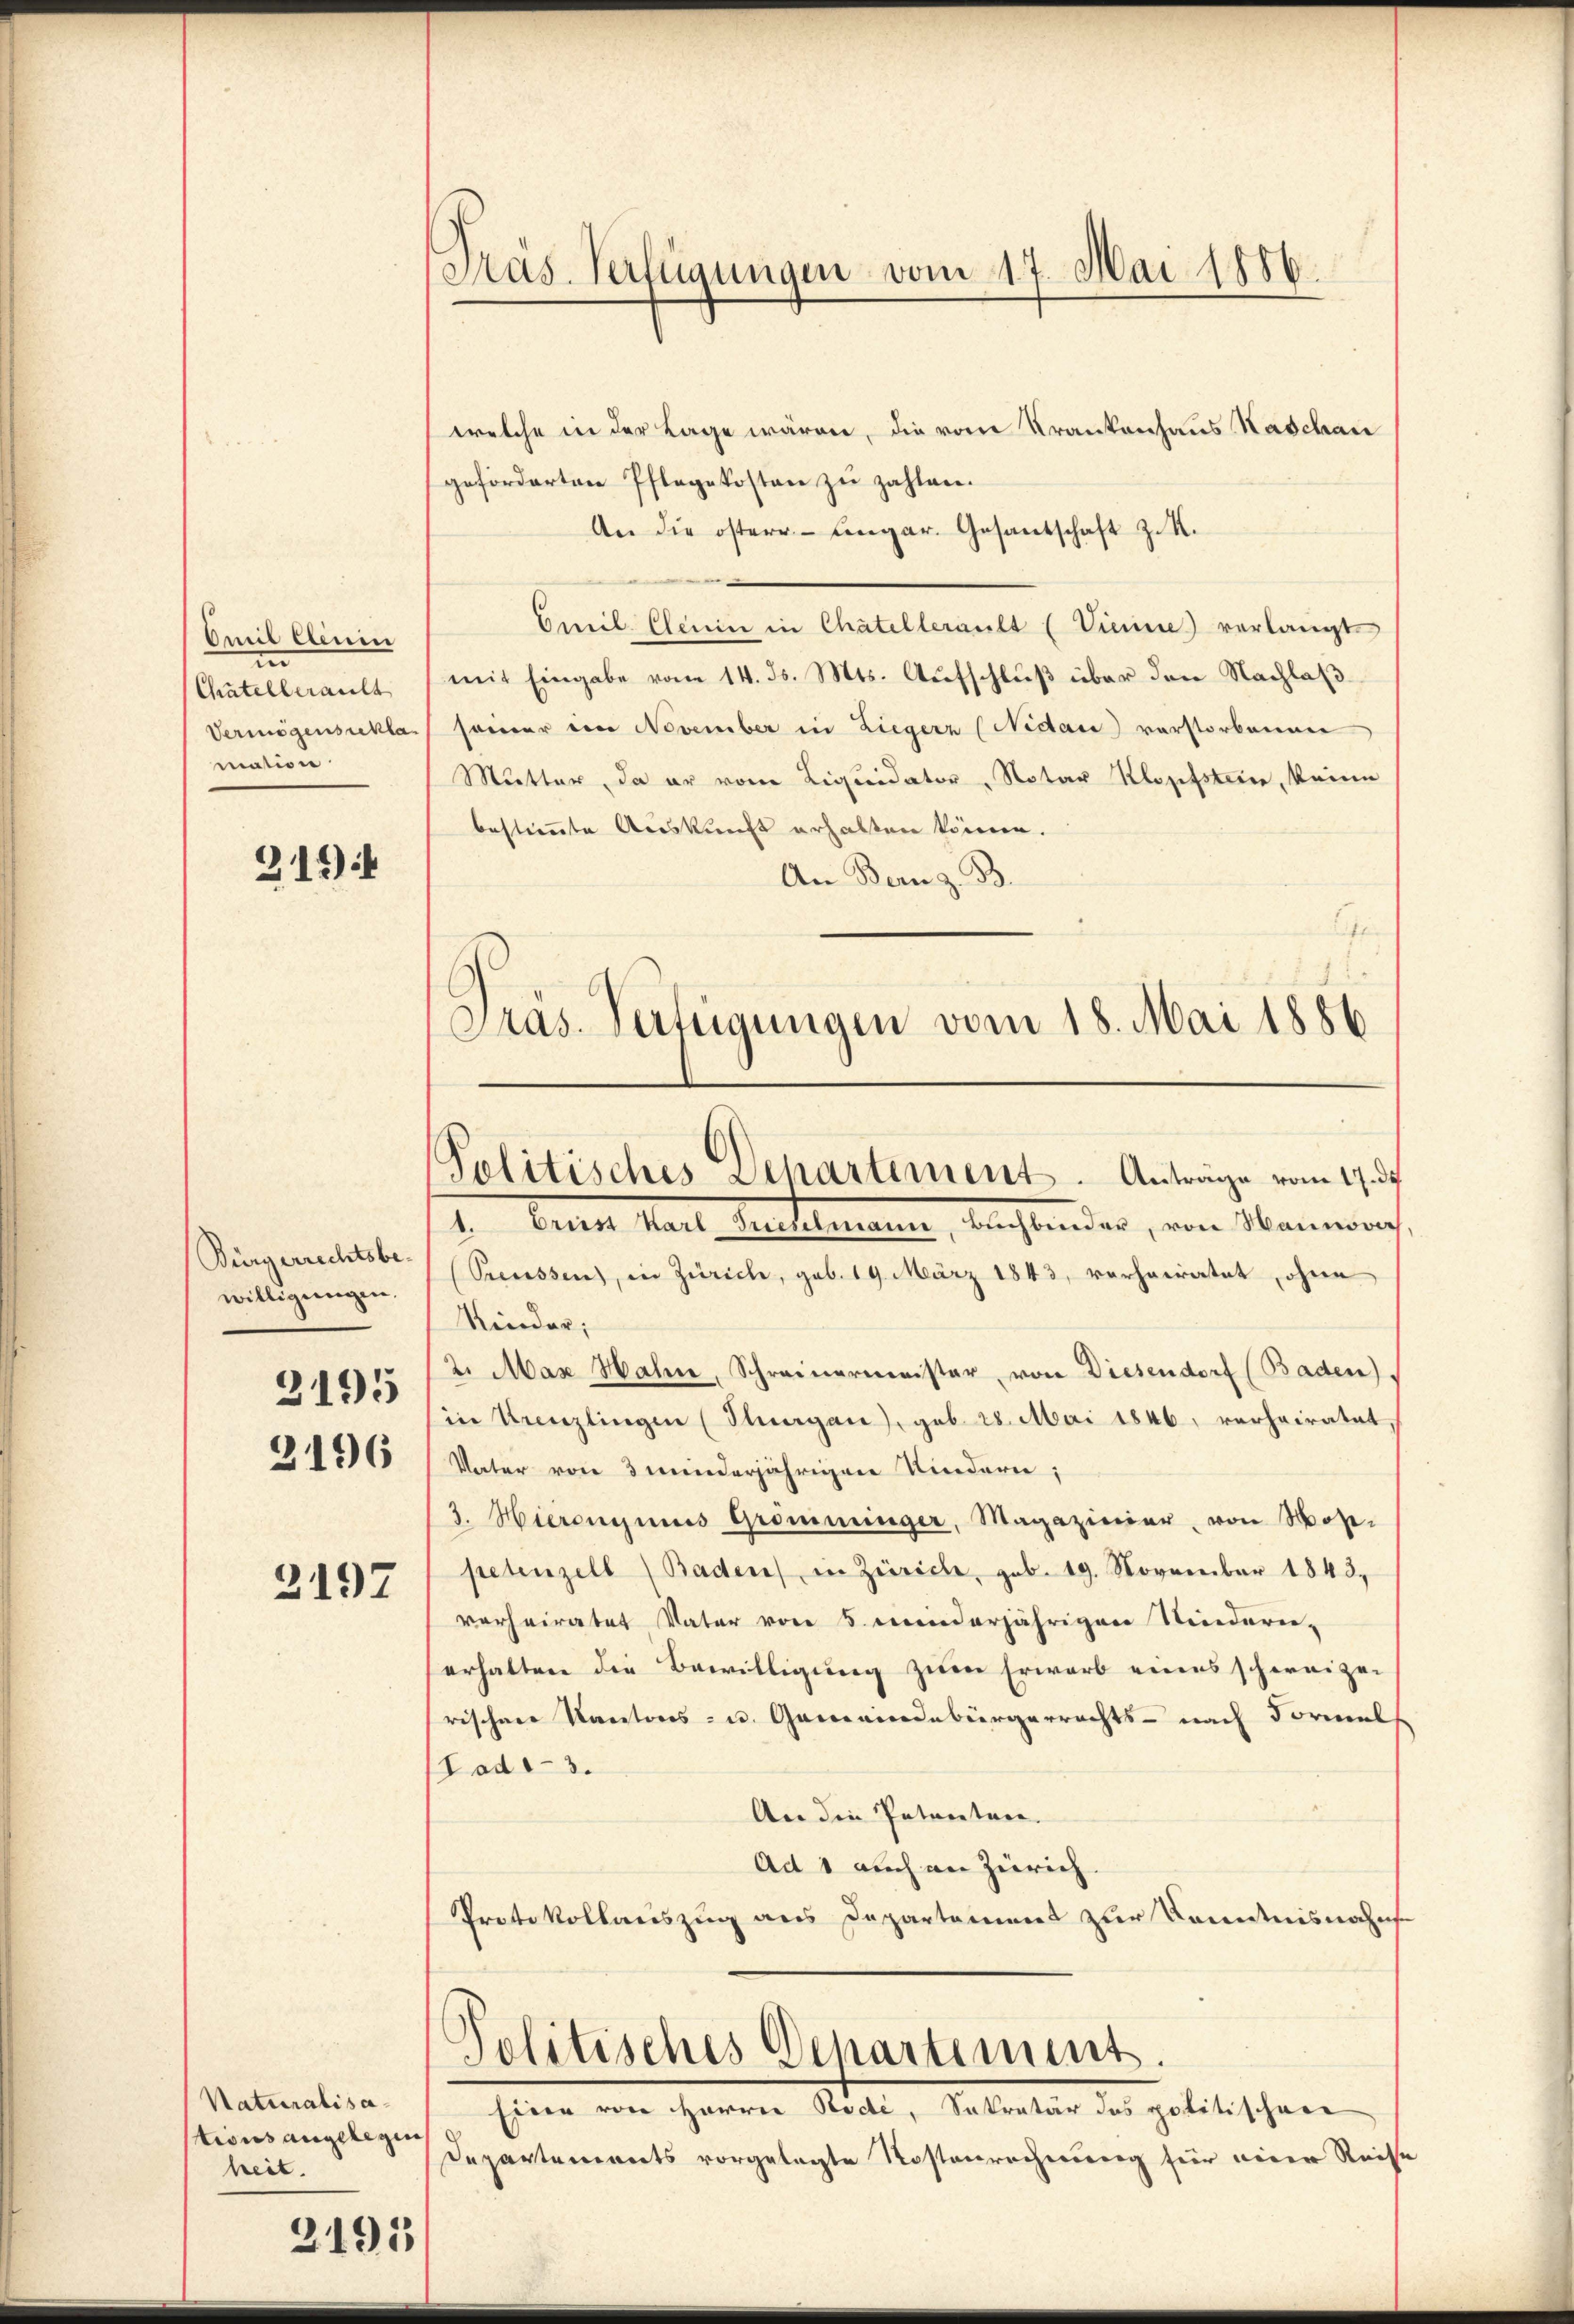
Omil Clenin
in
Chatellerault
Vermögensackla
mation

319

Bürgerrechtsbewilligungen.
2196

2195

2197

Naturalisations angelegen
heit.

2195

Präs. Verfügungen vom 17. Mai 1886

welche in der Lage wären, die vom Krankenhaus Naschau
geforderten Pflegekosten zu zahlen.
An die österrangar. Gesantschaft z. K.
Cweil. Eherein in Chatellerault (Vienne verlangt.
mit Eingabe vom 14. ds. Mts. Aufschluß über den Nachlaß
seiner im November in Liegern (Nidau verstorbenen
Mutter, da er vom Liquidator, Notar Klopfstein, keine
bestimmte Auskunft erhalten könne.
An Bern z. B.
E
Pras. Verfügungen vom 18. Mai 1886

Politisches Departement. Anträge vom 17. d.

1. Bettet Mart. Mettmann, Anstander, von Manneg
(Semessen, in Zürich, geb. 19. März 1843, verheiratet, ohne
Kinder;
2. Max Hahn, Schreinermeister, von Diesendorf (Baden)
in Kreuzlingen (Thurgau), geb. 28. Mai 1846, verheiratet
Vater von 3 minderjährigen Kindern;
3. Hieronymus Gromninger, Magazinier, von Nose-
petenzell (Baden in Zürich, geb. 19. November 1843.
verheiratet Vater von 5. minderjährigen Niederni-
erhalten die Bewilligung zum Erwarb eines schweizer
rischen Kantons- u. Gemeindebürgerrechts- nach Formel
Tad1-3.
An die Pataretari
Ad 1 auch an Zürich.
Protokollauszug aus Departement zur Kenntnisnahms
Politisches Departiment.
Eine von Harrer Rode, Sekretär das politischen
Departements vorgelegte Kostenrechnung für einer Reise